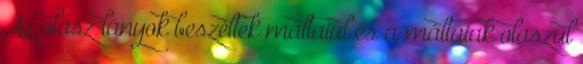
Az olasz lányok beszéltek máltaiul és a máltaiak olaszul